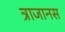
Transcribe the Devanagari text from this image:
त्राजानस